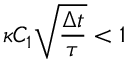
\kappa C _ { 1 } \sqrt { \frac { \Delta t } { \tau } } < 1